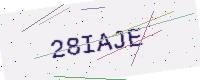
Text: 28IAJE